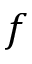
f